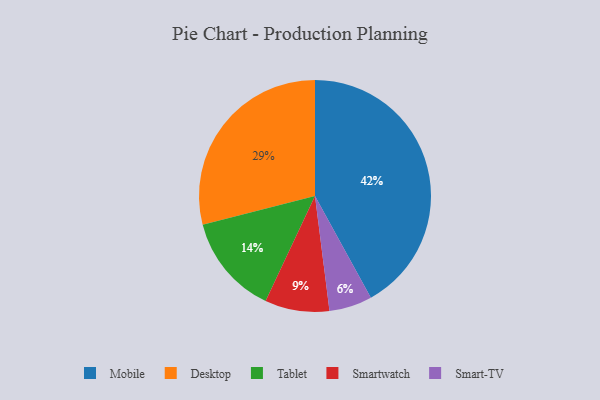
{"axis": {"x": "Category", "y": "Percentage"}, "legend": ["Desktop", "Mobile", "Smart-TV", "Smartwatch", "Tablet"], "data": [{"x": "Tablet", "y": 14, "type": "Tablet"}, {"x": "Mobile", "y": 42, "type": "Mobile"}, {"x": "Desktop", "y": 29, "type": "Desktop"}, {"x": "Smartwatch", "y": 9, "type": "Smartwatch"}, {"x": "Smart-TV", "y": 6, "type": "Smart-TV"}]}